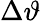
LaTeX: \Delta\vartheta